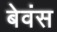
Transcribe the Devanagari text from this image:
बेवंस